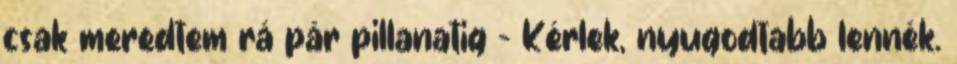
csak meredtem rá pár pillanatig - Kérlek, nyugodtabb lennék.